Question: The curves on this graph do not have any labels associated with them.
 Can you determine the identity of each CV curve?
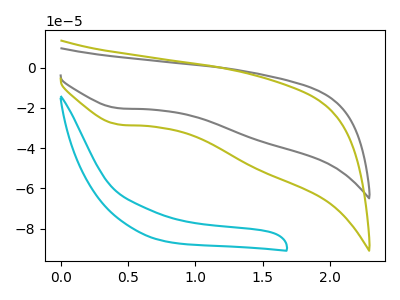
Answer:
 <answer>The gray curve does not have a label. The olive curve does not have a label. The cyan curve does not have a label.</answer>
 <eval></eval>